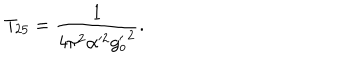
T _ { 2 5 } = \frac { 1 } { 4 \pi ^ { 2 } \alpha ^ { 2 } { g _ { o } ^ { \prime } } ^ { 2 } } .